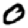
Digit: 0